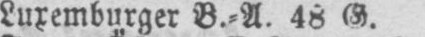
Luxemburger B.⸗A. 48 G.